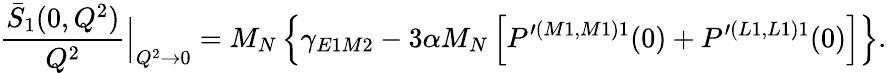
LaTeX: \frac{\bar{S}_{1}(0,Q^{2})}{Q^{2}}\Big\vert_{Q^{2}\rightarrow 0}=M_{N}\left\{ \gamma_{E1M2}-3\alpha M_{N}\left[P^{\prime(M1,M1)1}(0)+P^{\prime(L1,L1)1}(0)\right]\right\} .